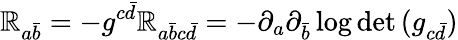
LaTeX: \mathbb{R}_{a{\bar{{b}}}}=-g^{c{\bar{{d}}}}\mathbb{R}_{a{\bar{{b}}}c{\bar{{d}}}}=-\partial_{a}\partial_{\bar{{b}}}\log{\operatorname*{det}{(g_{c{\bar{{d}}}})}}